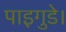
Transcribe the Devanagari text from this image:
पाइगुडे।